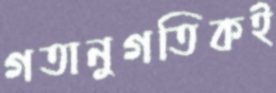
গতানুগতিকই